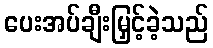
ပေးအပ်ချီးမြှင့်ခဲ့သည်